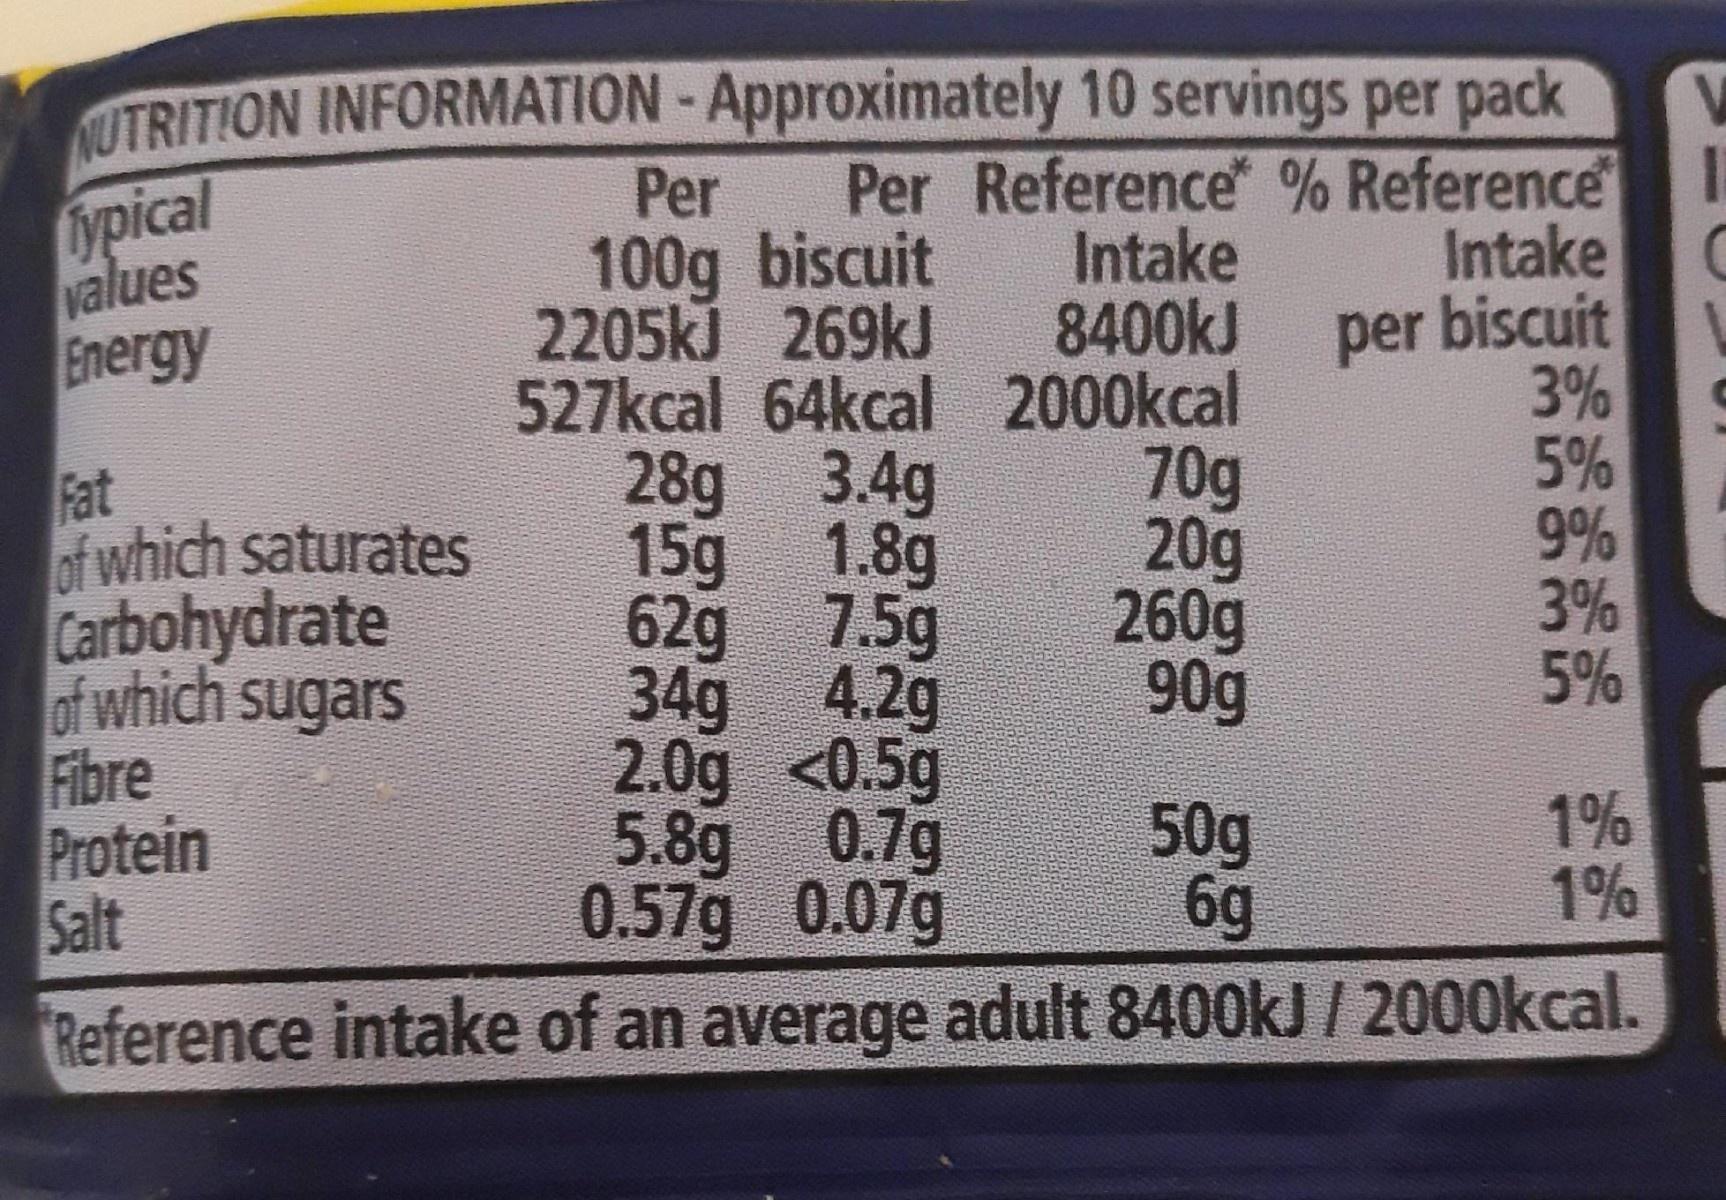
UTRITION INFORMATION-Approximately 10 servings per pack Gypical values Per Reference" % Reference Intake 8400KJ Per 100g biscuit 2205k) 269kJ 527kcal 64kcal 2000kcal 28g 3.4g 15g 1.8g 62g 7.5g 34g 4.2g 2.0g <0.5g 5.8g 0.7g 0.57g 0.07g Reference intake of an average adult 8400kJ / 2000kcal. Intake per biscuit 3% 5% 9% 3% 5% Energy Fat of which saturates Carbohydrate of which sugars Fibre Protein Salt 70g 20g 260g 90g 50g 6g 1% 1% కిలిక్లిక్ క్లరి